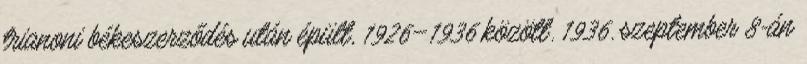
trianoni békeszerződés után épült, 1926–1936 között. 1936. szeptember 8-án